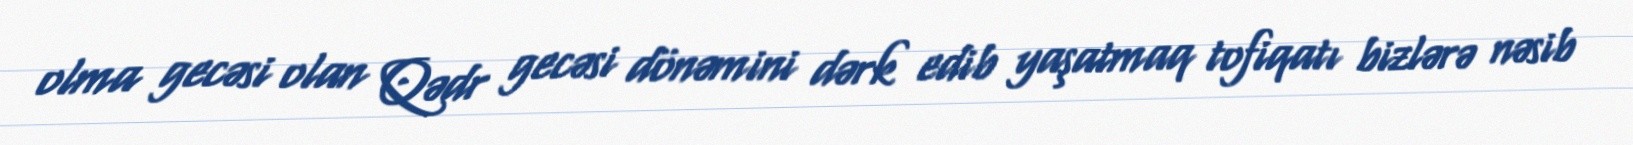
olma gecəsi olan Qədr gecəsi dönəmini dərk edib yaşatmaq tofiqatı bizlərə nəsib